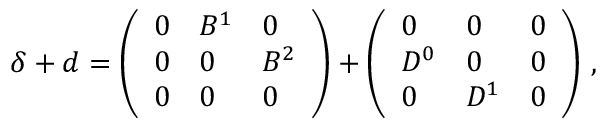
\begin{array} { r } { \boldsymbol { \delta } + \boldsymbol { d } = \left( \begin{array} { l l l } { 0 } & { B ^ { 1 } } & { 0 } \\ { 0 } & { 0 } & { B ^ { 2 } } \\ { 0 } & { 0 } & { 0 } \end{array} \right) + \left( \begin{array} { l l l } { 0 } & { 0 } & { 0 } \\ { D ^ { 0 } } & { 0 } & { 0 } \\ { 0 } & { D ^ { 1 } } & { 0 } \end{array} \right) \, , } \end{array}